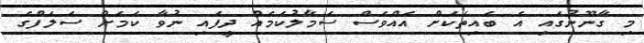
މި ގާނޫނުގައި އެ ބައިތަކަށް އެއްވެސް ސަމާލުކަމެއް ދީފައި ނުވާ ކަމަށް ސަލަފްގެ